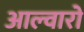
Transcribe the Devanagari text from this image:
आल्वारो